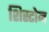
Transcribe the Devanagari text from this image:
शिस्टोन